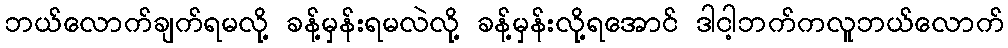
ဘယ်လောက်ချက်ရမလို့ ခန့်မှန်းရမလဲလို့ ခန့်မှန်းလို့ရအောင် ဒါငါ့ဘက်ကလူဘယ်လောက်